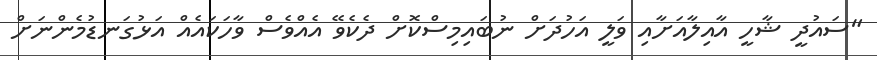
"ސައުދީ ޝާހީ އާއިލާއަށާއި ވަލީ އަހުދަށް ނުބައިމިސްކޮށް ދެކެވޭ އެއްވެސް ވާހަކައެއް އަޅުގަނޑުމެންނަށް